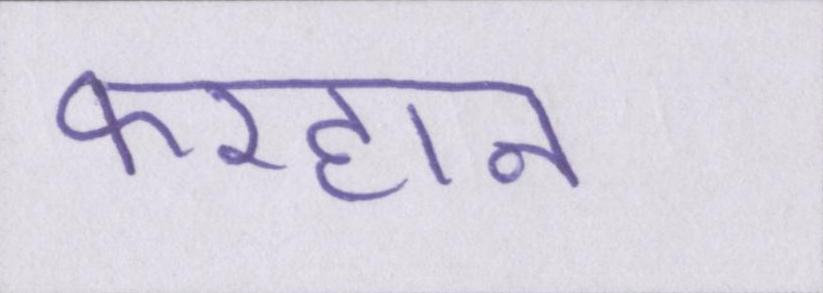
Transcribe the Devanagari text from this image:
फरहान